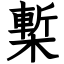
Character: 槧